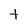
Character: t